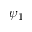
\psi _ { 1 }